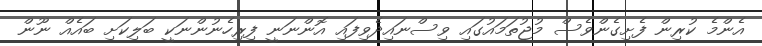
އެންމެ ކުރިން ފެށިގެންވެސް މުޖުތަމައުގައި ވިސްނައިދެވިފައި އޮންނަނީ ފިރިހެނުންނަކީ ބަލިކަށި ބައެއް ނޫން